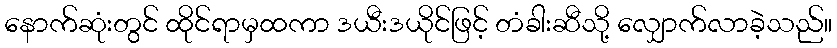
နောက်ဆုံးတွင် ထိုင်ရာမှထကာ ဒယီးဒယိုင်ဖြင့် တံခါးဆီသို့ လျှောက်လာခဲ့သည်။